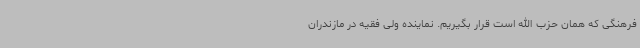
فرهنگی که همان حزب الله است قرار بگیریم. نماینده ولی فقیه در مازندران